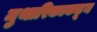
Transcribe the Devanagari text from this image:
मुथारिकाकडून